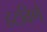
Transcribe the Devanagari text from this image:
हटविणे